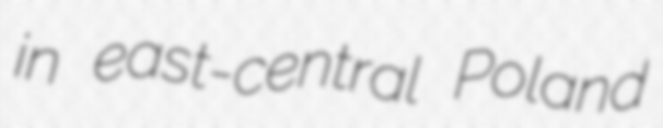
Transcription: in east-central Poland